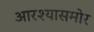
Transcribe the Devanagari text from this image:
आरश्यासमोर